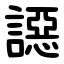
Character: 䜑